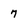
Character: 7